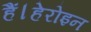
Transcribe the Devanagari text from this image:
हैं।हेरोइन